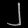
Digit: ၂